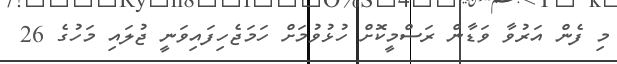
މި ފެން އަރުވާ ވަޑާން ރަސްމީކޮށް ހުޅުވުމަށް ހަމަޖެހިފައިވަނީ ޖުލައި މަހުގެ 26